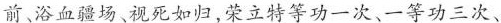
前、浴血疆场、视死如归，荣立特等功一次、一等功三次、